Problem: 13 + 2 = ?
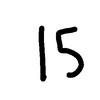
Handwritten answer: 15